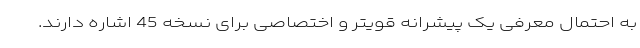
به احتمال معرفی یک پیشرانه قویتر و اختصاصی برای نسخه 45 اشاره دارند.